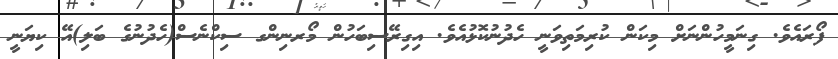
ފޯރައެވެ. ގިނަމީހުންނަށް މިކަން ކުރިމަތިވަނީ ހެދުނުކޮޅުއެވެ. އިގިރޭސިބަހުން މޯރނިންގ ސިކްނެސް(ހެދުނުގެ ބަލި)އޭ ކިޔަނީ